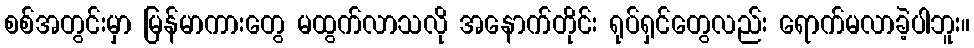
စစ်အတွင်းမှာ မြန်မာကားတွေ မထွက်လာသလို အနောက်တိုင်း ရုပ်ရှင်တွေလည်း ရောက်မလာခဲ့ပါဘူး။